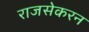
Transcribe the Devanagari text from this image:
राजसेकरन